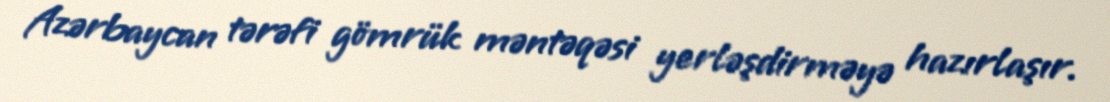
Azərbaycan tərəfi gömrük məntəqəsi yerləşdirməyə hazırlaşır.